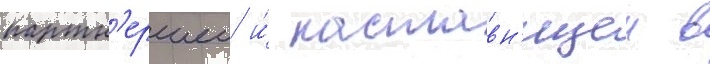
партн'ершеи и́ наставн'ицеи в